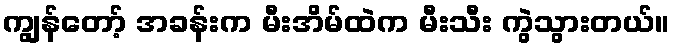
ကျွန်တော့် အခန်းက မီးအိမ်ထဲက မီးသီး ကွဲသွားတယ်။